Report on vaccination proceedings throughout the Government of Bengal -
Year: 1868
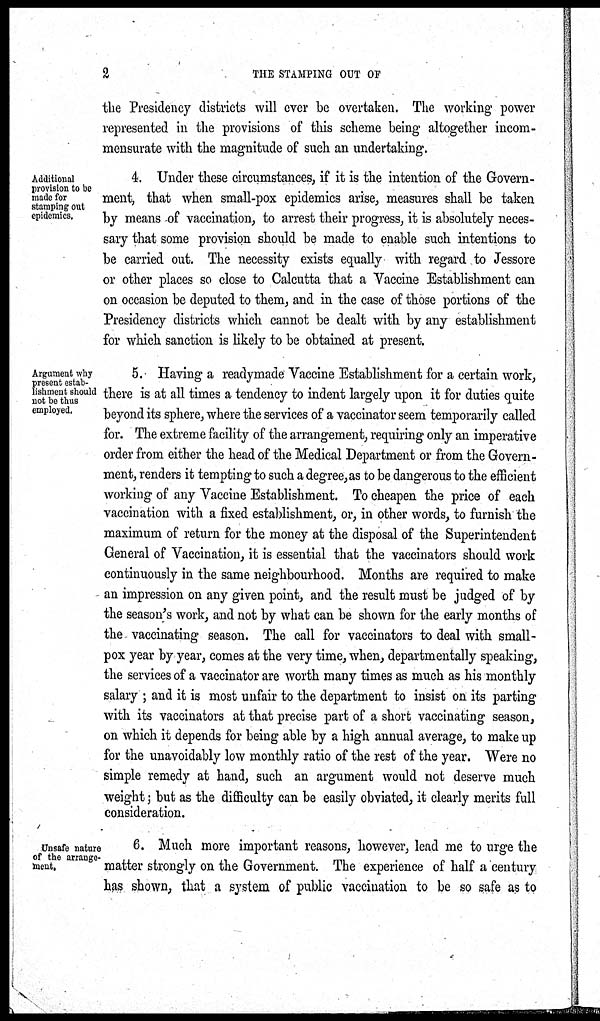
2
THE STAMPING OUT OF
the Presidency districts will ever be overtaken. The working power
represented in the provisions of this scheme being altogether incom-
mensurate with the magnitude of such an undertaking.
Additional
provision to be
made for
stamping out
epidemics.
4. Under these circumstances, if it is the intention of the Govern-
ment, that when small-pox epidemics arise, measures shall be taken
by means of vaccination, to arrest their progress, it is absolutely neces-
sary that some provision should be made to enable such intentions to
be carried out. The necessity exists equally with regard to Jessore
or other places so close to Calcutta that a Vaccine Establishment can
on occasion be deputed to them, and in the case of those portions of the
Presidency districts which cannot be dealt with by any establishment
for which sanction is likely to be obtained at present.
Argument why
present estab-
lishment should
not be thus
employed.
5. Having a readymade Vaccine Establishment for a certain work,
there is at all times a tendency to indent largely upon it for duties quite
beyond its sphere, where the services of a vaccinator seem temporarily called
for. The extreme facility of the arrangement, requiring only an imperative
order from either the head of the Medical Department or from the Govern-
ment, renders it tempting to such a degree, as to be dangerous to the efficient
working of any Vaccine Establishment. To cheapen the price of each
vaccination with a fixed establishment, or, in other words, to furnish the
maximum of return for the money at the disposal of the Superintendent
General of Vaccination, it is essential that the vaccinators should work
continuously in the same neighbourhood. Months are required to make
an impression on any given point, and the result must be judged of by
the season's work, and not by what can be shown for the early months of
the vaccinating season. The call for vaccinators to deal with small-
pox year by year, comes at the very time, when, departmentally speaking,
the services of a vaccinator are worth many times as much as his monthly
salary ; and it is most unfair to the department to insist on its parting
with its vaccinators at that precise part of a short vaccinating season,
on which it depends for being able by a high annual average, to make up
for the unavoidably low monthly ratio of the rest of the year. Were no
simple remedy at hand, such an argument would not deserve much
weight ; but as the difficulty can be easily obviated, it clearly merits full
consideration.
Unsafe nature
of the arrange-
ment.
6. Much more important reasons, however, lead me to urge the
matter strongly on the Government. The experience of half a century
has shown, that a system of public vaccination to be so safe as to